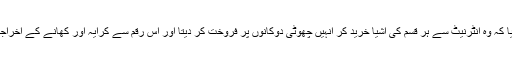
یوسوکی نے بتایا کہ وہ انٹرنیٹ سے ہر قسم کی اشیا خرید کر انہیں چھوٹی دوکانوں پر فروخت کر دیتا اور اس رقم سے کرایہ اور کھانے کے اخراجات پورے کرتا۔